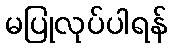
မပြုလုပ်ပါရန်